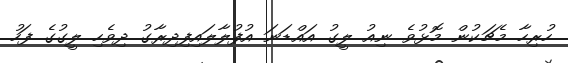
ހުރިހާ މެޗަކުން މޮޅުވެ ނިއު ލީގު އައްޑަނަ އުފުލާލައިފިދިރާގު ދިވެހި ލީގުގެ ފަހު